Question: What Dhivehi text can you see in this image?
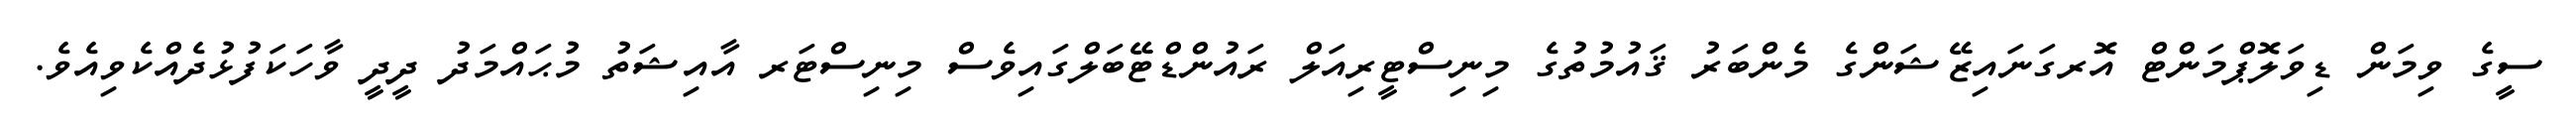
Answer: ސީގެ ވިމަން ޑިވަލޮޕްމަންޓް އޮރގަނައިޒޭޝަންގެ މެންބަރު ޤައުމުތުގެ މިނިސްޓީރިއަލް ރައުންޑްޓޭބަލްގައިވެސް މިނިސްޓަރ އާއިޝަތު މުޙައްމަދު ދީދީ ވާހަކަފުޅުދެއްކެވިއެވެ.